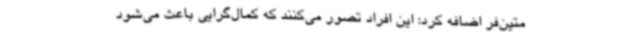
متین‌فر اضافه کرد: این افراد تصور می‌کنند که کمال‌گرایی باعث می‌شود